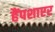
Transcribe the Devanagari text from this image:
हैंपशाएर